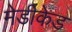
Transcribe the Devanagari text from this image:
मेडीकेड